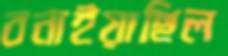
বনাইয়াছিল